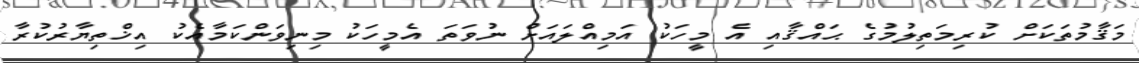
މަޤާމުތަކަށް ކުރިމަތިލުމުގެ ޙައްޤާއި އެ މީހަކު އަމިއްލައަށް ނުވަތަ އެމީހަކު މިނިވަންކަމާއެކު އިޚްތިޔާރުކުރާ